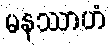
မနဿာဟံ